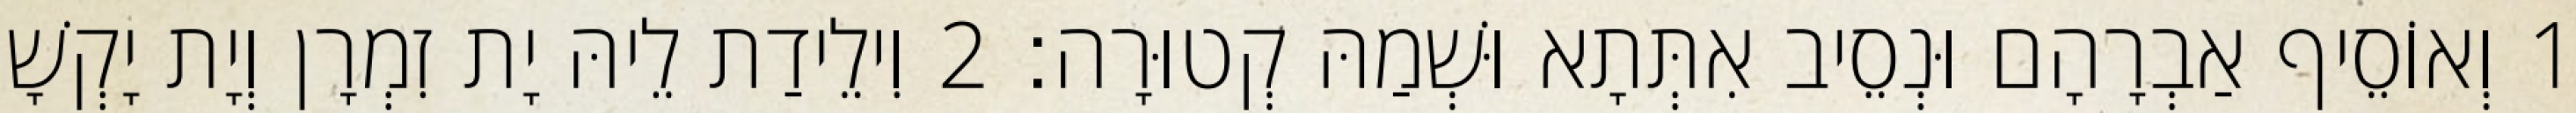
1 וְאוֹסֵיף אַבְרָהָם וּנְסֵיב אִתְּתָא וּשְׁמַהּ קְטוּרָה׃ 2 וִילֵידַת לֵיהּ יָת זִמְרָן וְיָת יָקְשָׁן